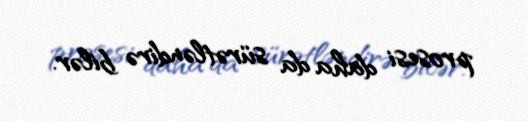
prosesi daha da sürətləndirə bilər.